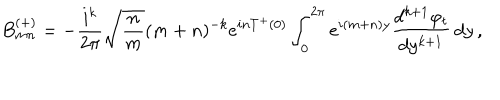
B _ { m n } ^ { ( + ) } = - { \frac { i ^ { k } } { 2 \pi } } \sqrt { { \frac { n } { m } } } ( m + n ) ^ { - k } e ^ { i n T ^ { + } ( 0 ) } \int _ { 0 } ^ { 2 \pi } e ^ { i ( m + n ) y } { \frac { d ^ { k + 1 } \varphi _ { t } } { d y ^ { k + 1 } } } \, d y \, ,